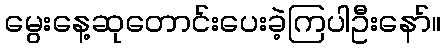
မွေးနေ့ဆုတောင်းပေးခဲ့ကြပါဦးနော်။